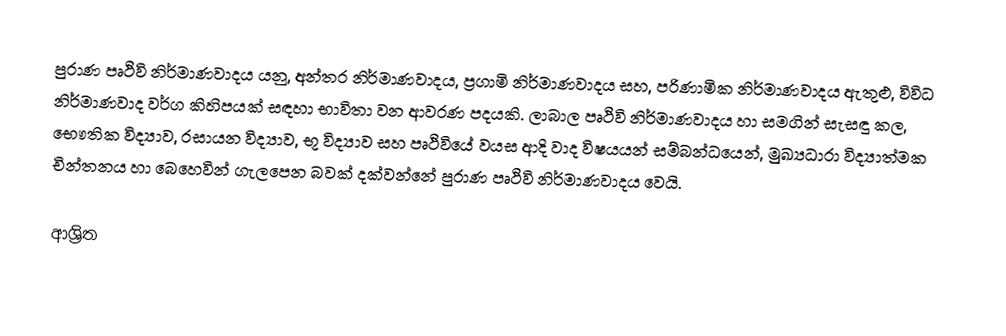
පුරාණ පෘථිවි නිර්මාණවාදය යනු,  අන්තර නිර්මාණවාදය, ප්‍රගාමි නිර්මාණවාදය සහ, පරිණාමික නිර්මාණවාදය ඇතුළු, විවිධ නිර්මාණවාද වර්ග කිහිපයක් සඳහා භාවිතා වන ආවරණ පදයකි. ලාබාල පෘථිවි නිර්මාණවාදය හා සමගින් සැසඳූ කල, භෞතික විද්‍යාව, රසායන විද්‍යාව, භූ විද්‍යාව සහ පෘථිවියේ වයස ආදි වාද විෂයයන් සම්බන්ධයෙන්, මුඛ්‍යධාරා විද්‍යාත්මක චින්තනය හා බෙහෙවින් ගැලපෙන බවක් දක්වන්නේ පුරාණ පෘථිවි නිර්මාණවාදය වෙයි.

ආශ්‍රිත